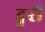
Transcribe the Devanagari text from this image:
दुरौ